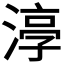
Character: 𭱰